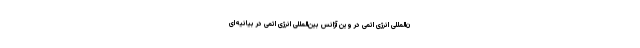
ن‌المللی انرژی اتمی در وین آژانس بین‌المللی انرژی اتمی در بیانیه‌ای